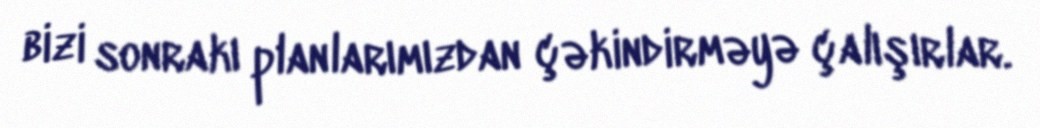
bizi sonrakı planlarımızdan çəkindirməyə çalışırlar.